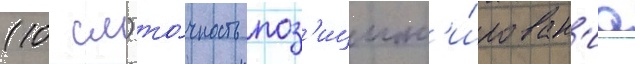
(10 см) то́чность поз'ицион'и́рован'иа